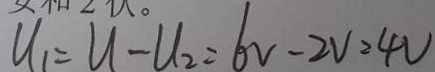
U _ { 1 } = U - U _ { 2 } = 6 V - 2 V = 4 V